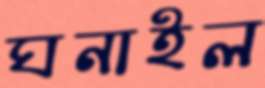
ঘনাইল